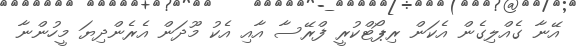
އޭނާ ގެއްލިގެން އެކަން ރިޕޯޓްކުރީ ފްރޭސާ އާއި އެކު މޫދަން އެރެންދިޔަ މީހުންނާ